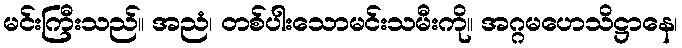
မင်းကြီးသည်။ အညံ၊ တစ်ပါးသောမင်းသမီးကို။ အဂ္ဂမဟေသိဋ္ဌာနေ၊